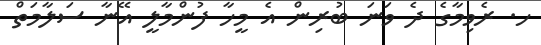
ހ. ރެވިމާގެ ދެ ވަނަ ބުރިން އެ މީހާ ފުންމާލީ އޭނާ ސަލާމަތް